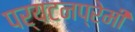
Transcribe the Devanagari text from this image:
पर्यटनप्रेमी